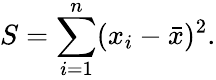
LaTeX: S=\sum_{i=1}^{n}(x_{i}-{\bar{x}})^{2}.